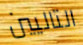
التاليين